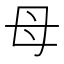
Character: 母